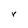
Character: r